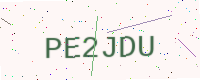
Text: PE2JDU